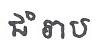
ជំរាប